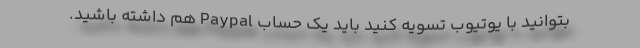
بتوانید با یوتیوب تسویه کنید باید یک حساب Paypal هم داشته باشید.